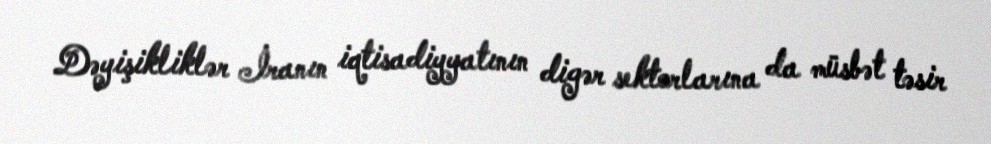
Dəyişikliklər İranın iqtisadiyyatının digər sektorlarına da müsbət təsir